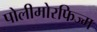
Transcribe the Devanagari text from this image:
पोलीमोरफिज्म